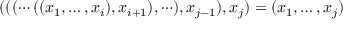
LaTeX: ( ( ( \cdots ( ( x _ { 1 } , \dots , x _ { i } ) , x _ { i + 1 } ) , \cdots ) , x _ { j - 1 } ) , x _ { j } ) = ( x _ { 1 } , \dots , x _ { j } )